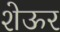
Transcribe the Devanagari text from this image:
शेऊर